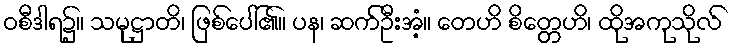
ဝစီဒါရ၌။ သမုဋ္ဌာတိ၊ ဖြစ်ပေါ်၏။ ပန၊ ဆက်ဦးအံ့။ တေဟိ စိတ္တေဟိ၊ ထိုအကုသိုလ်